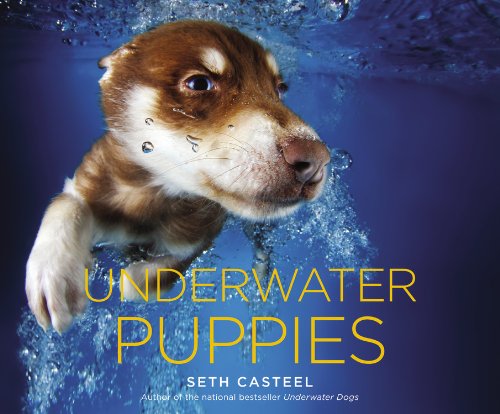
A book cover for Underwater Puppies; Seth Casteel; Crafts, Hobbies & Home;